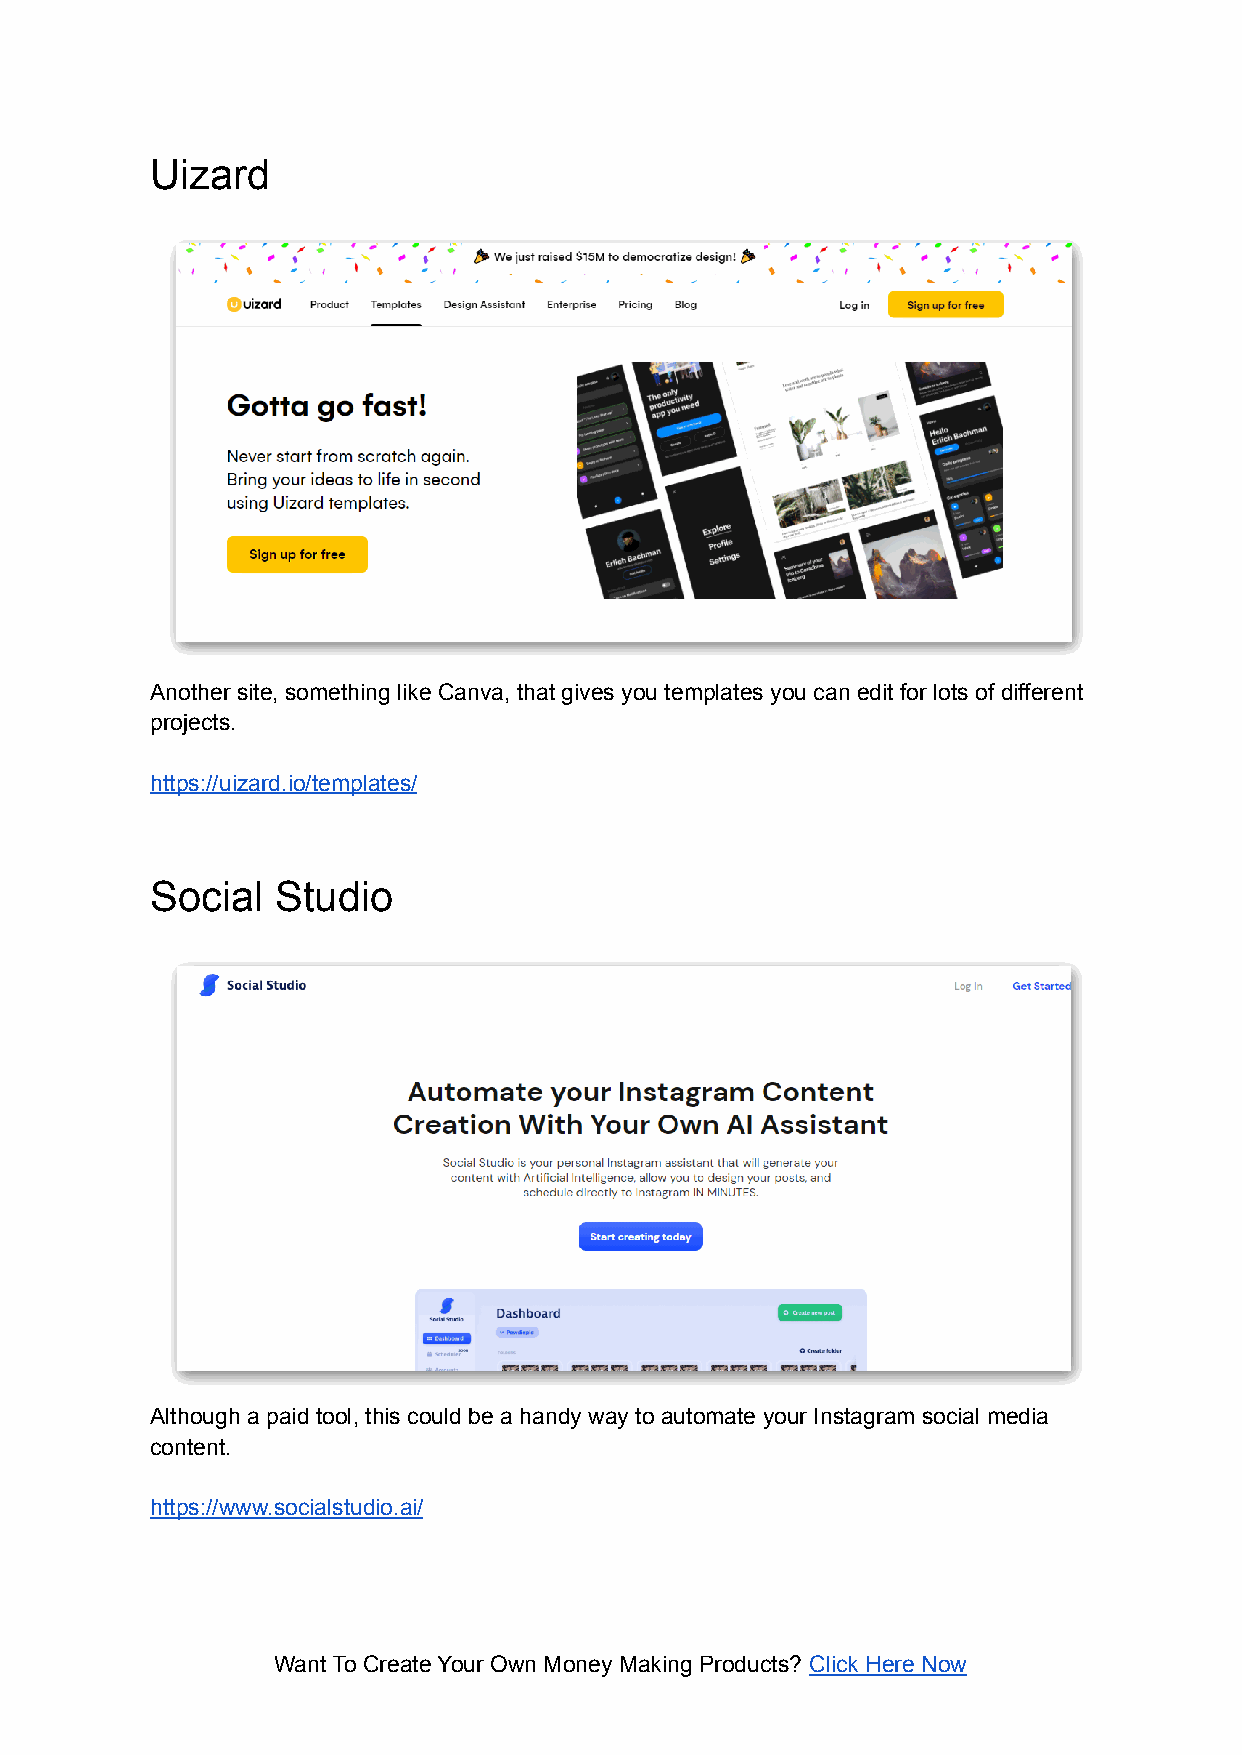
Uizard
 Another site, something like Canva, that gives you templates you can edit for lots of different
 projects.
 https://uizard.io/templates/
 Social  Studio
 Although a paid tool, this could be a handy way to automate your Instagram social media
 content.
 https://www.socialstudio.ai/
 Want To Create Your Own Money Making Products? Click Here Now